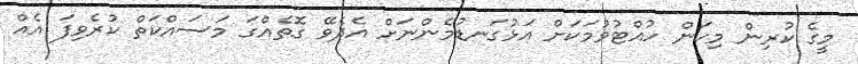
މީގެ ކުރިން މިކަން ހުއްޓުވުމަކަށް އަޅުގަނޑުމެންނަށް އެދެވޭ ގޮތެއްގަ މަސައްކަތް ކުރެވިފަ އެއް